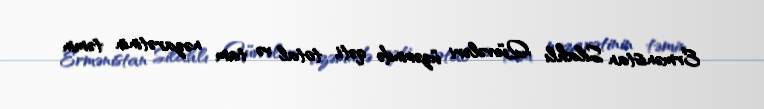
Ermənistan Silahlı Qüvvələri üzərində qəti, total və tam nəzarətinin təmin